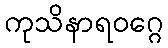
ကုသိနာရဝဂ္ဂေ